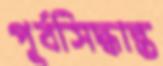
পূর্বসিদ্ধান্ত